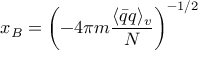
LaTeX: x _ { B } = \left( - 4 \pi m \frac { \langle \bar { q } q \rangle _ { v } } { N } \right) ^ { - 1 / 2 }